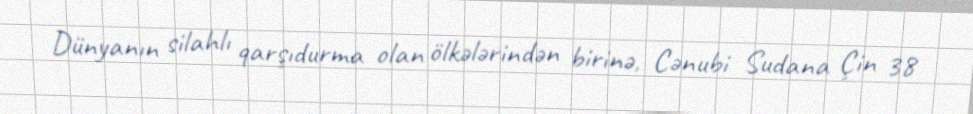
Dünyanın silahlı qarşıdurma olan ölkələrindən birinə, Cənubi Sudana Çin 38